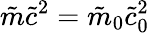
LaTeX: \tilde{m}\tilde{c}^{2}=\tilde{m}_{0}\tilde{c}_{0}^{2}